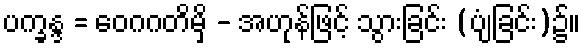
ပက္ခန္ဒ = ဝေဂဂတိမှိ - အဟုန်ဖြင့် သွားခြင်း (ပျံခြင်း)၌။